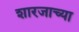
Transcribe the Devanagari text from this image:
शारजाच्या